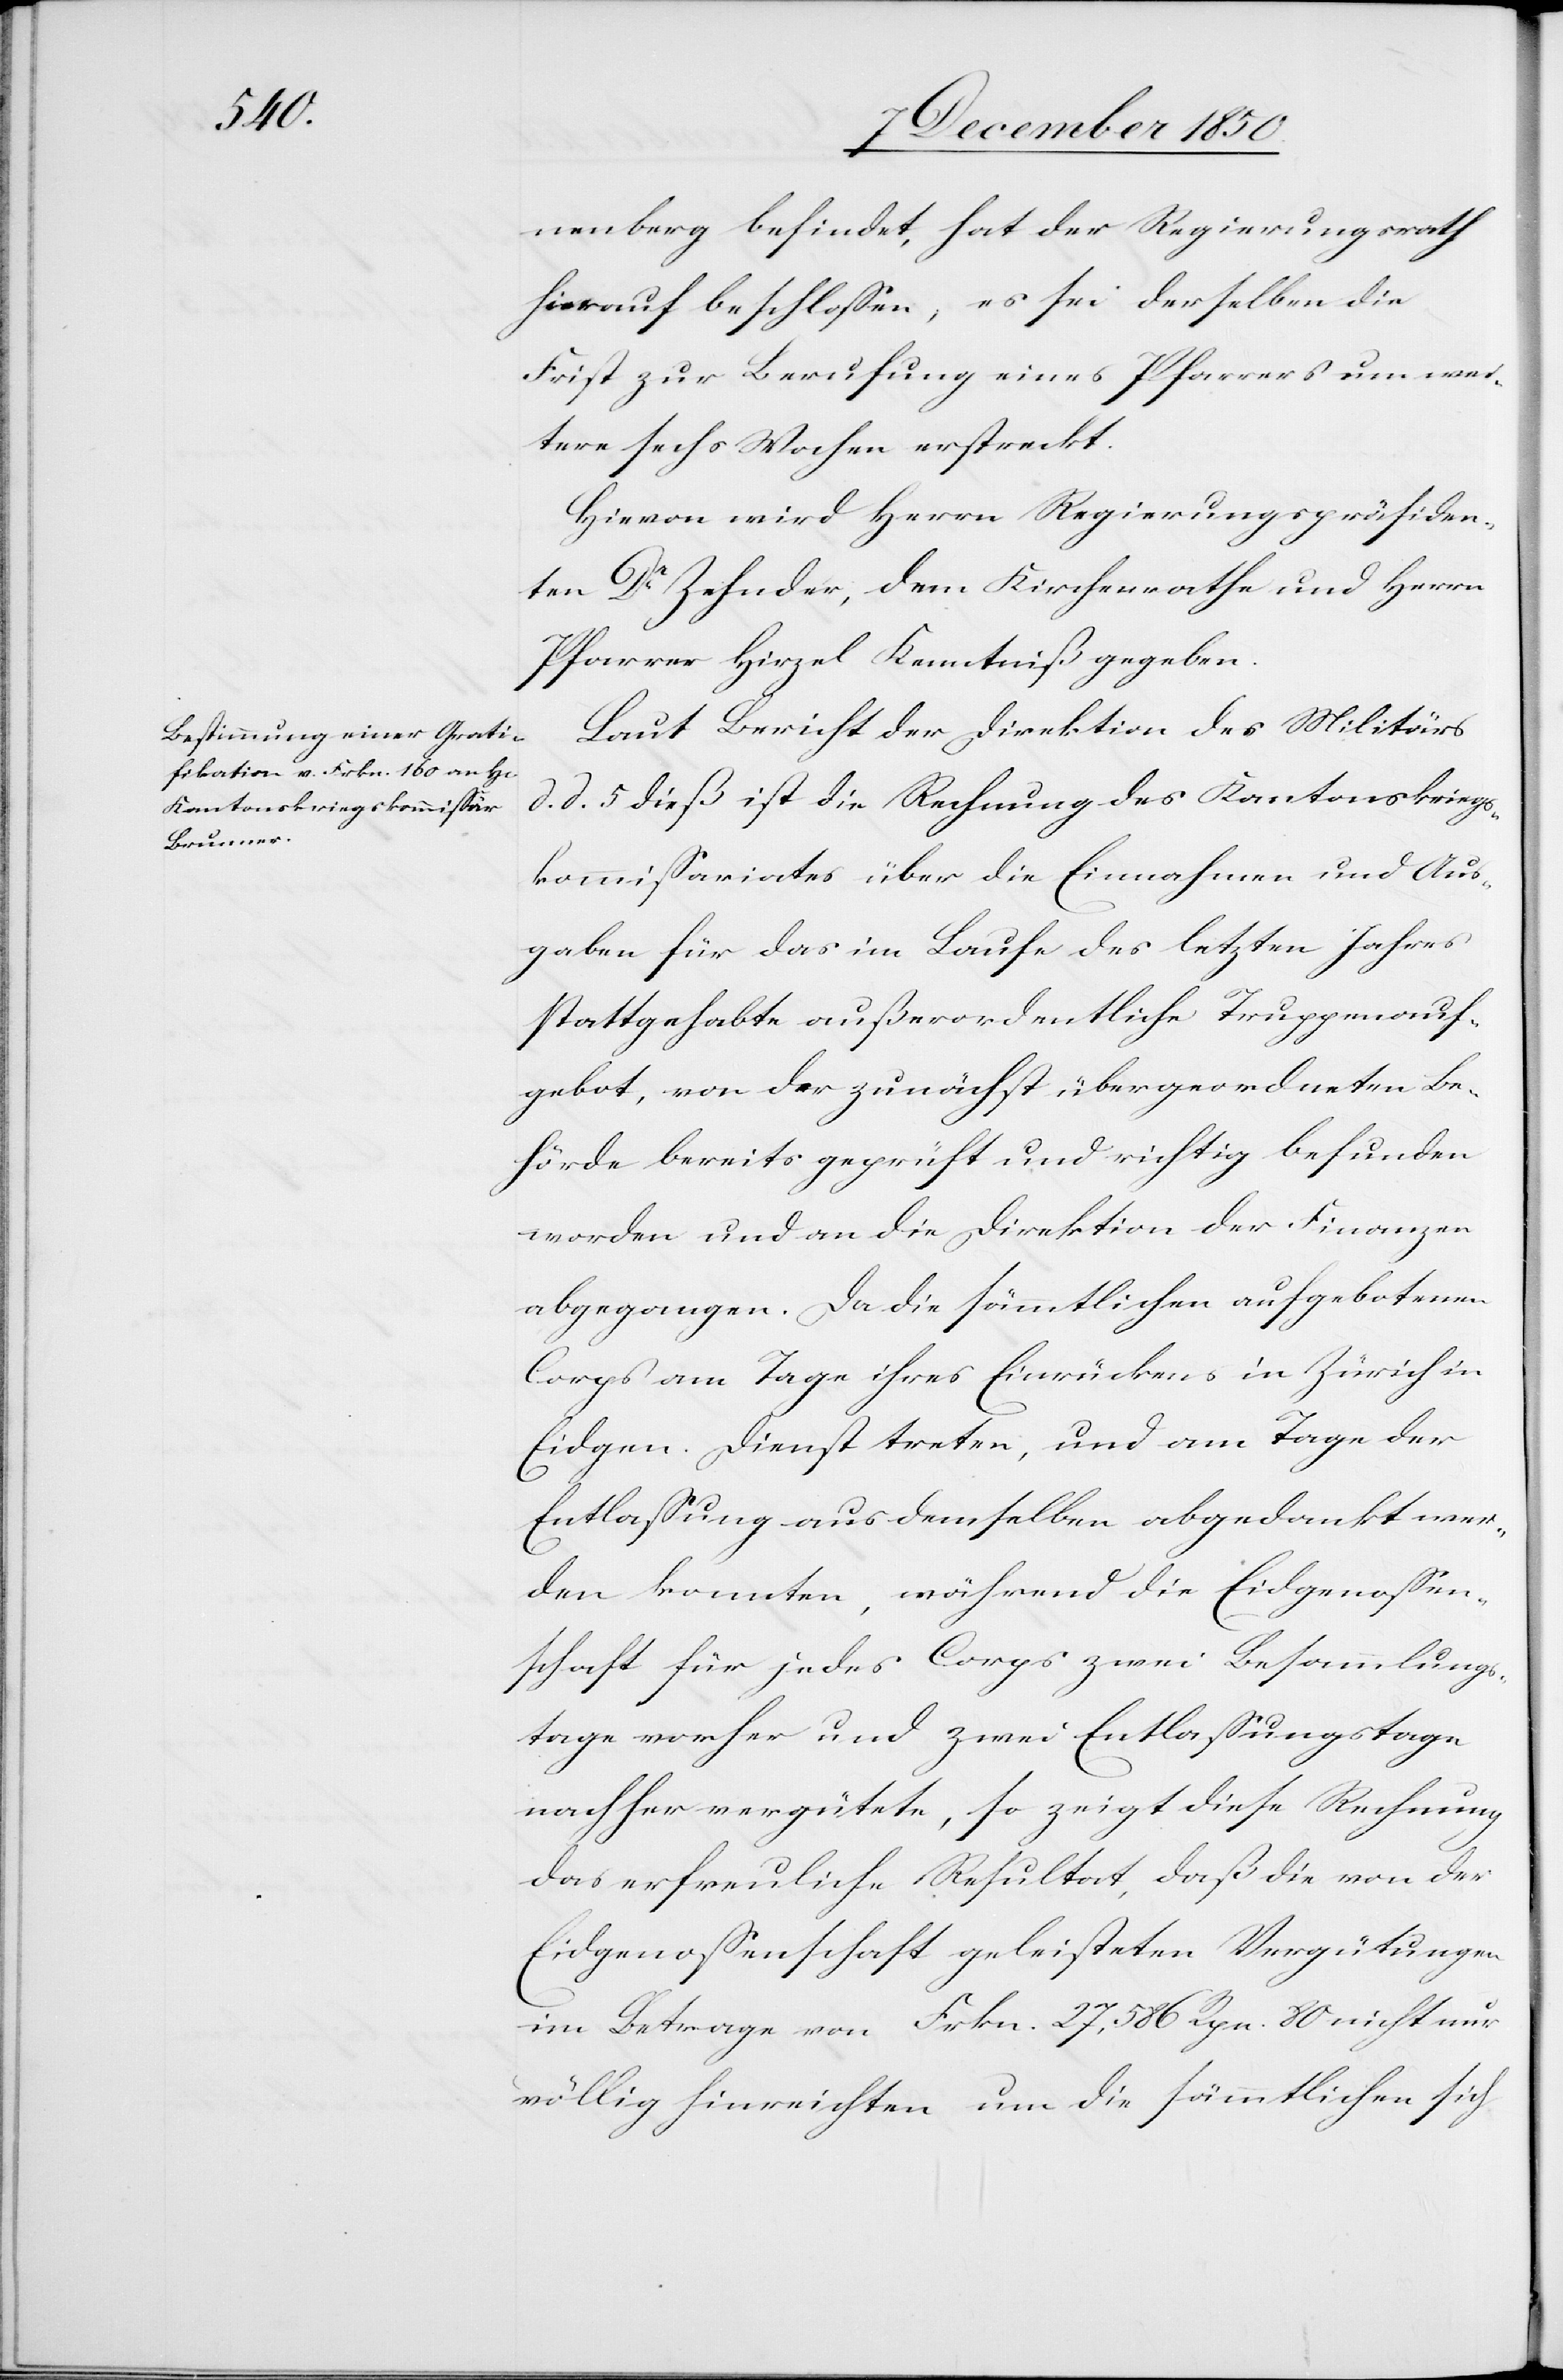
nenberg befindet, hat der Regierungsrath
hierauf beschlossen, es sei derselben die
Frist zur Berufung eines Pfarrers um wei¬
tere sechs Wochen erstreckt.
Hievon wird Herrn Regierungspräsiden¬
ten Dr Zehnder, dem Kirchenrathe und Herrn
Pfarrer Hirzel Kenntniß gegeben.
Laut Bericht der Direktion des Militärs
d. d. 5 dieß ist die Rechnung des Kantonskriegs¬
kommissariates über die Einnahmen und Aus¬
gaben für das im Laufe des letzten Jahres
stattgehabte außerordentliche Truppenauf¬
gebot, von der zunächst übergeordneten Be¬
hörde bereits geprüft und richtig befunden
worden und an die Direktion der Finanzen
abgegangen. Da die sämmtlichen aufgebotenen
Corps am Tage ihres Einrückens in Zürich in
Eidgen. Dienst treten, und am Tage der
Entlassung aus demselben abgedankt wer¬
den konnten, während die Eidgenossen¬
schaft für jedes Corps zwei Besammlungs¬
tage vorher und zwei Entlassungstage
nachher vergütete, so zeigt diese Rechnung
das erfreuliche Resultat, daß die von der
Eidgenossenschaft geleisteten Vergütungen
im Betrage von Frkn. 27,586 Rpn. 80 nicht nur
völlig hinreichten um die sämmtlichen sich